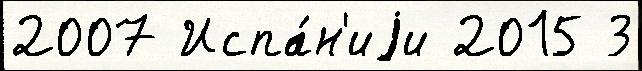
2007 Испа́н'иjи 2015 3